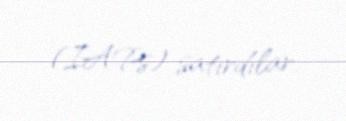
(IAPs) satırdılar.